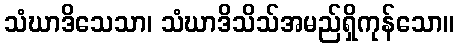
သံဃာဒိသေသာ၊ သံဃာဒိသိသ်အမည်ရှိကုန်သော။